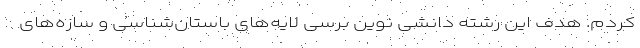
کردم. هدف این رشته دانشی نوین برسی لایه‌های باستان‌شناسی و سازه‌های